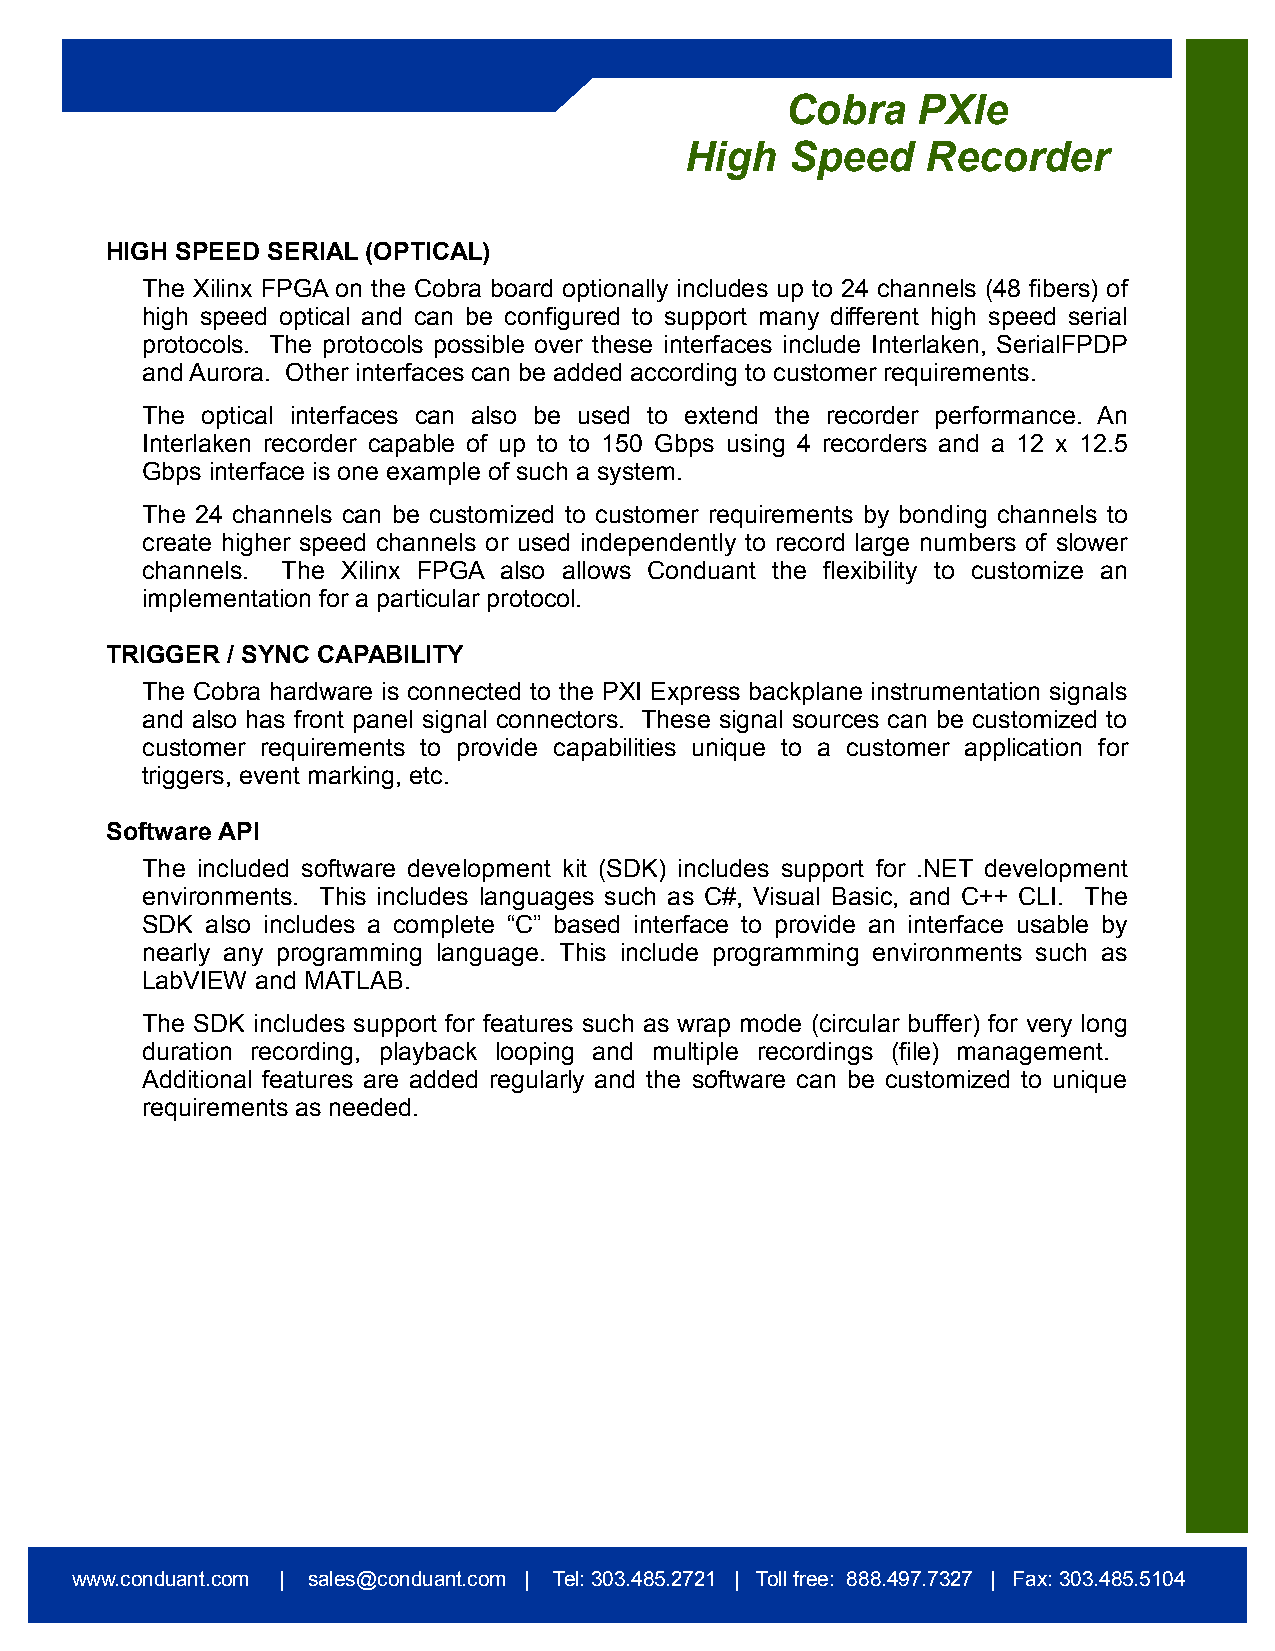
Cobra    PXIe
 High   Speed    Recorder
 HIGH SPEED SERIAL (OPTICAL)
 The Xilinx FPGA on the Cobra board optionally includes up to 24 channels (48 fibers) of
 high speed optical and can be configured to support many different high speed serial
 protocols. The protocols possible over these interfaces include Interlaken, SerialFPDP
 and Aurora. Other interfaces can be added according to customer requirements.
 The optical interfaces can also be used to extend the recorder performance. An
 Interlaken recorder capable of up to to 150 Gbps using 4 recorders and a 12 x 12.5
 Gbps interface is one example of such a system.
 The 24 channels can be customized to customer requirements by bonding channels to
 create higher speed channels or used independently to record large numbers of slower
 channels. The Xilinx FPGA also allows Conduant the flexibility to customize an
 implementation for a particular protocol.
 TRIGGER / SYNC CAPABILITY
 The Cobra hardware is connected to the PXI Express backplane instrumentation signals
 and also has front panel signal connectors. These signal sources can be customized to
 customer requirements to provide capabilities unique to a customer application for
 triggers, event marking, etc.
 Software API
 The included software development kit (SDK) includes support for .NET development
 environments. This includes languages such as C#, Visual Basic, and C++ CLI. The
 SDK  also includes a complete “C” based interface to provide an interface usable by
 nearly any programming language. This include programming environments such as
 LabVIEW and MATLAB.
 The SDK includes support for features such as wrap mode (circular buffer) for very long
 duration recording, playback looping and multiple recordings (file) management.
 Additional features are added regularly and the software can be customized to unique
 requirements as needed.
 www.conduant.com | sales@conduant.com | Tel: 303.485.2721 | Toll free: 888.497.7327 | Fax: 303.485.5104